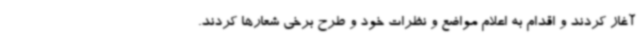
آغاز کردند و اقدام به اعلام مواضع و نظرات خود و طرح برخی شعارها کردند.